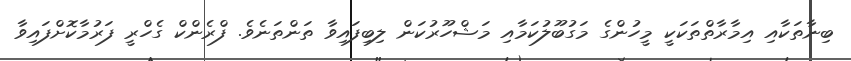
ބިނާތަކާއި އިމާރާތްތަކަކީ މީހުންގެ މަގުބޫލުކަމާއި މަޝްހޫރުކަން ލިބިފައިވާ ތަންތަނެވެ. ފްރެންކް ގެހްރީ ފަރުމާކޮށްފައިވާ